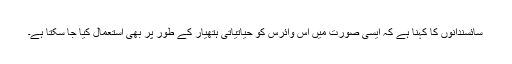
سائسندانوں کا کہنا ہے کہ ایسی صورت میں اس وائرس کو حیاتیاتی ہتھیار کے طور پر بھی استعمال کیا جا سکتا ہے۔